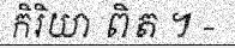
កិរិយា ពិត ។ -